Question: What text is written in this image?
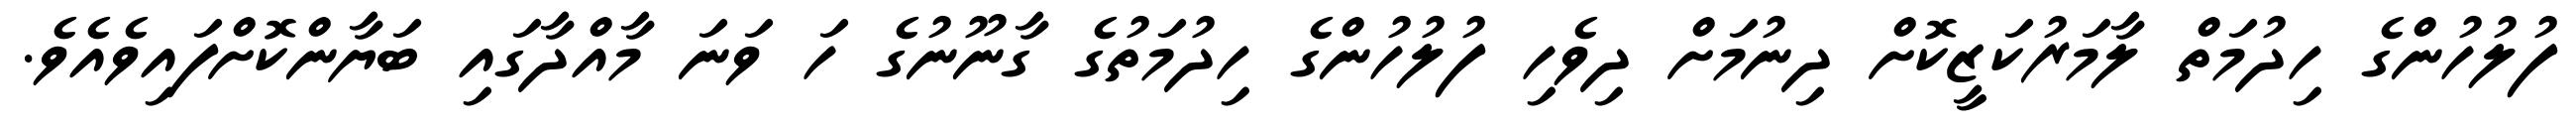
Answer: ފުލުހުންގެ ހިދުމަތް ލާމަރުކަޒީކޮށް ދިނުމަށް ދިވެހި ފުލުހުންގެ ހިދުމަތުގެ ގާނޫނުގެ ހަ ވަނަ މާއްދާގައި ބަޔާންކޮށްފައިވެއެވެ.